Lunatic asylums Bombay report 1891-1903 - 1891-1903
Year: 1891
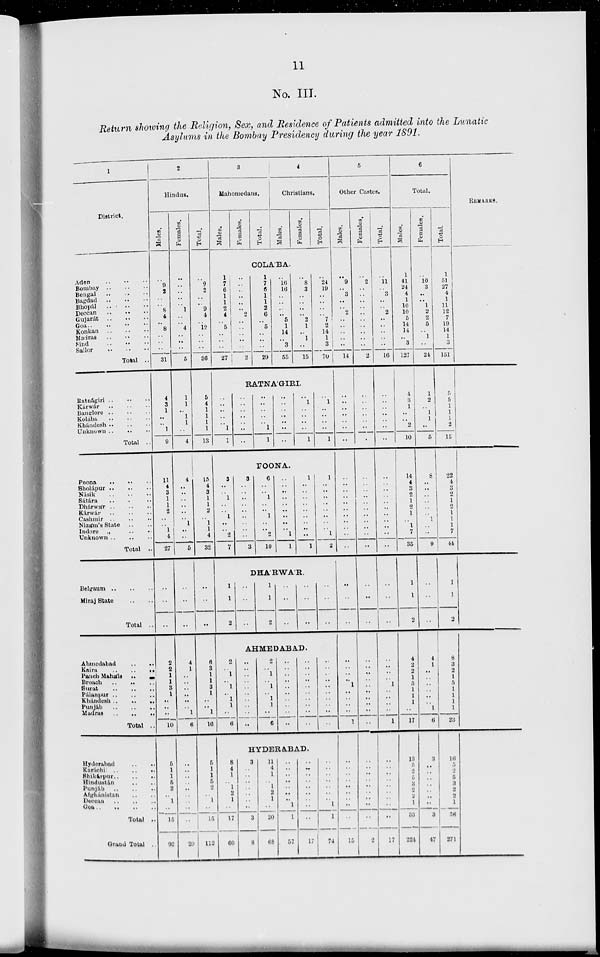
11
No. III.
Return showing the Religion, Sex, and Residence of Patients admitted into the Lunatic
Asylums in the Bombay Presidency during the year 1891.
1
District.
Aden .. .. ..
Bombay
..
..
..
Bengal
..
..
..
Bagdad
..
..
..
Bhopál .. .. ..
Deccan
..
..
..
Gujarát .. .. ..
Goa .. .. ..
Konkan
..
..
..
Madras .. .. ..
Sind
..
..
..
Sailor
..
..
..
Total ..
Ratnágiri .. .. ..
Kárwár
..
..
..
Banglore
..
..
..
Kolába
..
..
..
Khándesh
..
..
..
Unknown
..
..
..
Total ..
Poona
..
..
..
Sholápur .. .. ..
Násik
..
..
..
Sátára .. .. ..
Dhárwár
..
..
..
Kárwár
..
..
..
Cashmir
..
..
..
Nizám's State .. ..
Indore .. .. ..
Unknown
..
..
..
Total ..
Belgaum
..
..
..
Miraj State .. ..
Total ..
Ahmedabad .. ..
Kaira
..
..
..
Panch Maháls ..
..
Broach
..
..
..
Surat .. .. ..
Pálanpur .. .. ..
Khándesh
..
..
..
Punjáb
..
..
..
Madras
..
..
..
Total ..
Hyderabad .. ..
Karáchi
..
..
..
Shikárpur
..
..
..
Hindustán .. ..
Punjáb
..
..
..
Afghánistan .. ..
Deccan .. .. ..
Goa .. .. .. ..
Total ..
Grand Total ..
2
Hindus.
Males.
..
9
2
..
.. 8
4
..
8
..
..
..
31
4
3
1
..
..
1
9
11
4
3
1
1
2
..
..
1
4
27
..
..
..
2
2
1
1
3
1
..
..
..
10
5
1
1
5
2
..
1
..
15
92
Females.
..
..
..
..
.. 1
..
..
4
..
..
..
5
1
1
..
1
1
..
4
4
..
..
..
..
..
..
1
..
..
5
..
..
..
4
1
..
..
..
..
..
..
1
6
..
..
..
..
..
..
..
..
..
20
Total.
..
9
2
..
.. 9
4
..
12
..
..
..
36
5
4
1
1
1
1
13
15
4
3
1
1
2
..
1
1
4
32
..
..
..
6
3
1
1
3
1
..
..
1
16
5
1
1
5
2
..
1
..
15
112
3
Mahomedans.
Males.
1
7
6
1
1
2
4
..
5
..
..
..
27
..
..
..
..
..
1
1
3
..
..
1
..
..
1
..
..
2
7
1
1
2
2
..
1
..
1
..
1
1
..
6
8
4
1
..
1
2
1
..
17
60
Females.
Total.
4
Christians.
Males.
COLABA.
..
..
..
..
..
.. 2
..
..
..
..
..
2
1
7
6
1
1
2
6
..
5
..
..
..
29
..
16
16
..
..
..
..
5
1
14
..
3
55
Females.
..
8
3
..
.. ..
..
2
1
..
1
..
15
RATNÁGIRI.
..
..
..
..
..
..
..
..
..
..
..
..
1
1
..
..
..
..
..
..
..
..
1
..
..
..
..
1
POONA.
3
..
..
..
..
..
..
..
..
..
3
6
..
..
1
..
..
1
..
..
2
10
..
..
..
..
..
..
..
..
..
1
1
1
..
..
..
..
..
..
..
..
..
1
DHARWAR.
..
..
..
1
1
2
..
..
..
..
..
..
AHMEDABAD.
..
..
..
..
..
..
..
..
..
..
2
..
1
..
1
..
1
1
..
6
..
..
..
..
..
..
..
..
..
..
..
..
..
..
..
..
..
..
..
..
HYDERABAD.
3
..
..
..
..
..
..
..
3
8
11
4
1
..
1
2
1
..
20
68
..
..
..
..
..
..
..
1
1
57
..
..
..
..
..
..
..
..
..
17
Total.
..
24
19
..
..
..
..
7
2
14
1
3
70
..
1
..
..
..
..
1
1
..
..
..
..
..
..
..
..
1
2
..
..
..
..
..
..
..
..
..
..
..
..
..
..
..
..
..
..
..
..
1
1
74
5
Other Castes.
Males.
..
9
..
3
..
..
2
..
..
..
..
..
14
..
..
..
..
..
..
..
..
..
..
..
..
..
..
..
..
..
..
..
..
..
..
..
..
..
1
..
..
..
..
1
..
..
..
..
..
..
..
..
..
15
Females.
..
2
..
..
..
..
..
..
..
..
..
..
2
..
..
..
..
..
..
..
..
..
..
..
..
..
..
..
..
..
..
..
..
..
..
..
..
..
..
..
..
..
..
..
..
..
..
..
..
..
..
..
..
2
Total.
..
11
..
3
..
..
2
..
..
..
..
..
16
..
..
..
..
..
..
..
..
..
..
..
..
..
..
..
..
..
..
..
..
..
..
..
..
..
1
..
..
..
..
1
..
..
..
..
..
..
..
..
..
17
6
Total.
Males.
1
41
24
4
1
10
10
5
14
14
..
3
127
4
3
1
..
..
2
10
14
4
3
2
1
2
1
..
1
7
35
1
1
2
4
2
2
1
5
1
l
l
..
17
13
5
2
5
3
2
2
1
33
224
Females.
..
10 3
..
.. 1
2
2
5
..
1
..
24
1
2
..
1
1
..
5
8
..
..
..
..
..
..
1
..
..
9
..
..
..
4
1
..
..
..
..
..
..
1
6
3
..
..
..
..
..
..
..
3
47
Total.
1
51
27
4
1
11
12
7
19
14
1
3
151
5
5
1
1
1
2
15
22
4
3
2
1
2
1
1
1
7
44
1
1
2
8
3
2
1
5
1
1
1
1
23
16
5
2
5
3
2
2
1
36
271
REMARKS.